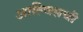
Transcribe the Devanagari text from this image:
आल्विसची